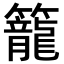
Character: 籠